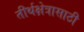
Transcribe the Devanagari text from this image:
तीर्थक्षेत्रासाठी